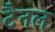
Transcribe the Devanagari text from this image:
टैनल